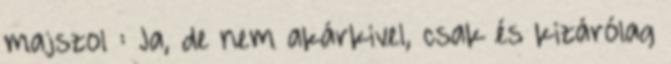
majszol : Ja, de nem akárkivel, csak és kizárólag